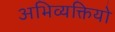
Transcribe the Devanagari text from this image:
अभिव्यक्तियो